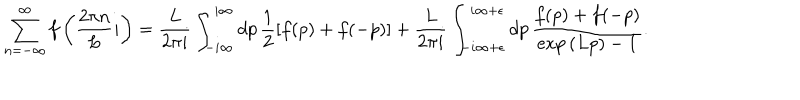
LaTeX: \displaystyle \sum _ { n = - \infty } ^ { \infty } f \left( \frac { 2 \pi n } { L } i \right) = \frac { L } { 2 \pi i } \int _ { - i \infty } ^ { i \infty } d p \, \frac { 1 } { 2 } \left[ f ( p ) + f ( - p ) \right] + \frac { L } { 2 \pi i } \int _ { - i \infty + \epsilon } ^ { i \infty + \epsilon } d p \, \frac { f ( p ) + f ( - p ) } { \exp { ( L p ) } - 1 } .